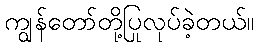
ကျွန်တော်တို့ပြုလုပ်ခဲ့တယ်။